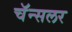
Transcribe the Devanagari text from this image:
चॅन्सलर